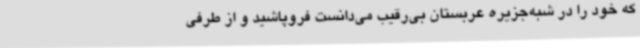
که خود را در شبه‌جزیره عربستان بی‌رقیب می‌دانست فروپاشید و از طرفی